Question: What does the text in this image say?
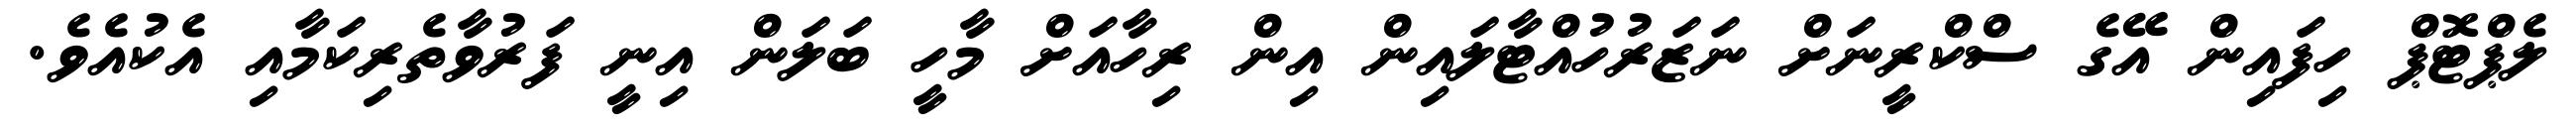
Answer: ލެޕްޓޮޕް ހިފައިން އޭގެ ސްކްރީނަށް ނަޒަރުހުއްޓާލައިން އިން ރިހާއަށް މާހީ ބަލަން އިނީ ފަރުވާތެރިކަމާއި އެކުއެވެ.